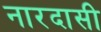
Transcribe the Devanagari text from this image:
नारदासी